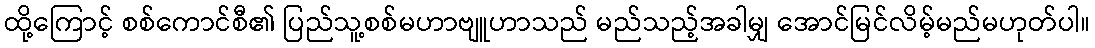
ထို့ကြောင့် စစ်ကောင်စီ၏ ပြည်သူ့စစ်မဟာဗျူဟာသည် မည်သည့်အခါမျှ အောင်မြင်လိမ့်မည်မဟုတ်ပါ။